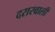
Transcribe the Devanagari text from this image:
दरारवाली